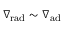
\ensuremath { \nabla _ { \mathrm { { r a d } } } } \sim \ensuremath { \nabla _ { \mathrm { { a d } } } }